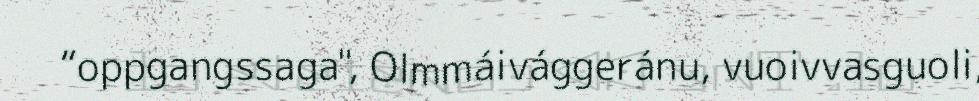
“oppgangssaga", Olmmáivággeránu, vuoivvasguoli,